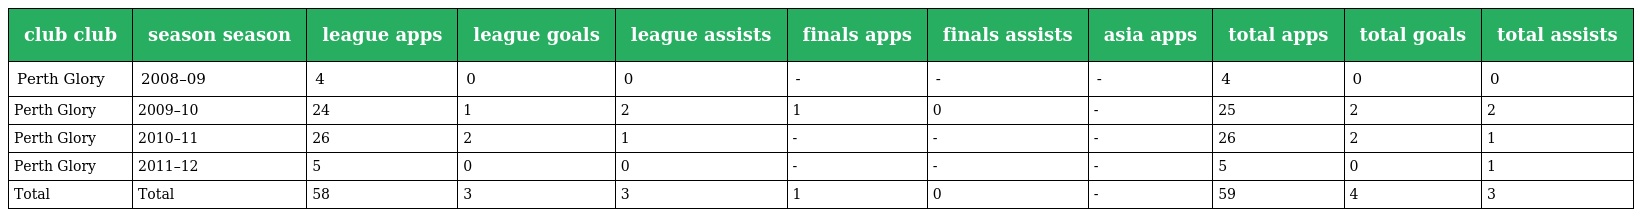
| club club | season season | league apps | league goals | league assists | finals apps | finals assists | asia apps | total apps | total goals | total assists |
 | --- | --- | --- | --- | --- | --- | --- | --- | --- | --- | --- |
 | Perth Glory | 2008–09 | 4 | 0 | 0 | - | - | - | 4 | 0 | 0 |
 | Perth Glory | 2009–10 | 24 | 1 | 2 | 1 | 0 | - | 25 | 2 | 2 |
 | Perth Glory | 2010–11 | 26 | 2 | 1 | - | - | - | 26 | 2 | 1 |
 | Perth Glory | 2011–12 | 5 | 0 | 0 | - | - | - | 5 | 0 | 1 |
 | Total | Total | 58 | 3 | 3 | 1 | 0 | - | 59 | 4 | 3 |